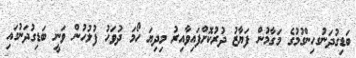
ބަޑިގުދަނުގހިންގުމުގެ މަގާމުން ފަޔާޒު ދުރުކޮށްފައިވާއިރު މިދިޔަ ހޯމަ ދުވަހު ފުލުހުން ވަނީ ބަޑިގުދަނުގައި